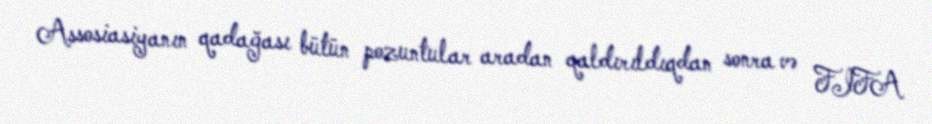
Assosiasiyanın qadağası bütün pozuntular aradan qaldırıldıqdan sonra və FIFA